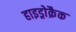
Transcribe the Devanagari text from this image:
हाइड्रोक्रैक